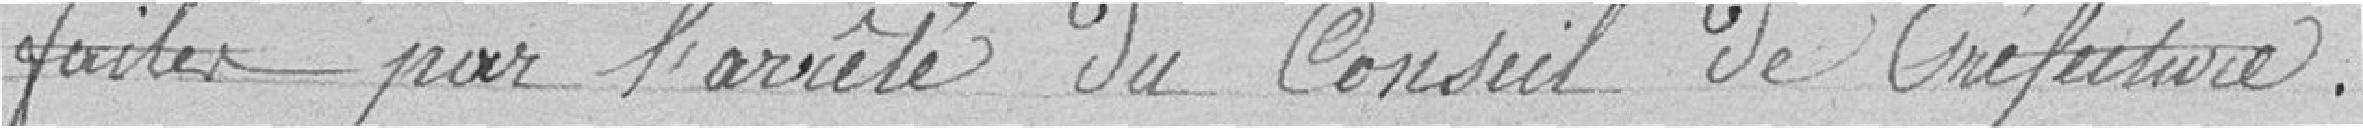
faites par l'arrêté du Conseil de Préfecture.